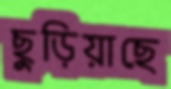
ছুড়িয়াছে